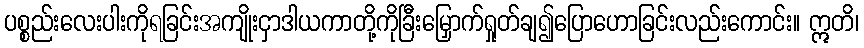
ပစ္စည်းလေးပါးကိုရခြင်းအကျိုးငှာဒါယကာတို့ကိုခြီးမြှောက်ရှုတ်ချ၍ပြောဟောခြင်းလည်းကောင်း။ ဣတိ၊